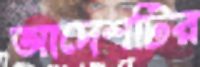
আদেশটির